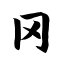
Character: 冈